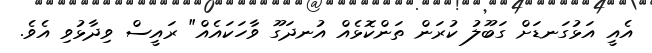
އެއީ އަޅުގަނޑަށް ގަބޫލު ކުރަން ތަންކޮޅެއް އުނދަގޫ ވާހަކައެއް" ރައީސް ވިދާޅުވި އެވެ.